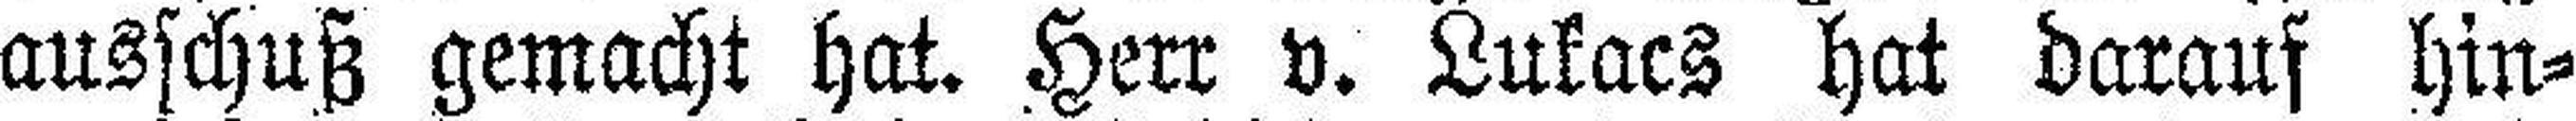
ausschuß gemacht hat. Herr v. Lukacs hat darauf hin¬